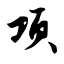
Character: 项